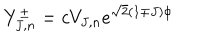
LaTeX: Y _ { J , n } ^ { \pm } = c V _ { J , n } e ^ { \sqrt { 2 } ( 1 \mp J ) \phi }